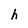
Character: h